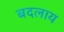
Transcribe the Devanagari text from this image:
बदलाय